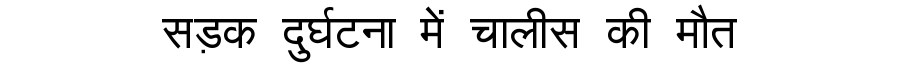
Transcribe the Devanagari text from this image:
सड़क दुर्घटना में चालीस की मौत